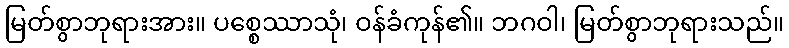
မြတ်စွာဘုရားအား။ ပစ္စေဿာသုံ၊ ဝန်ခံကုန်၏။ ဘဂဝါ၊ မြတ်စွာဘုရားသည်။